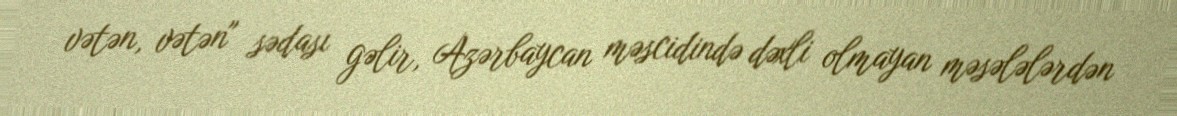
vətən, vətən" sədası gəlir, Azərbaycan məscidində dəxli olmayan məsələlərdən